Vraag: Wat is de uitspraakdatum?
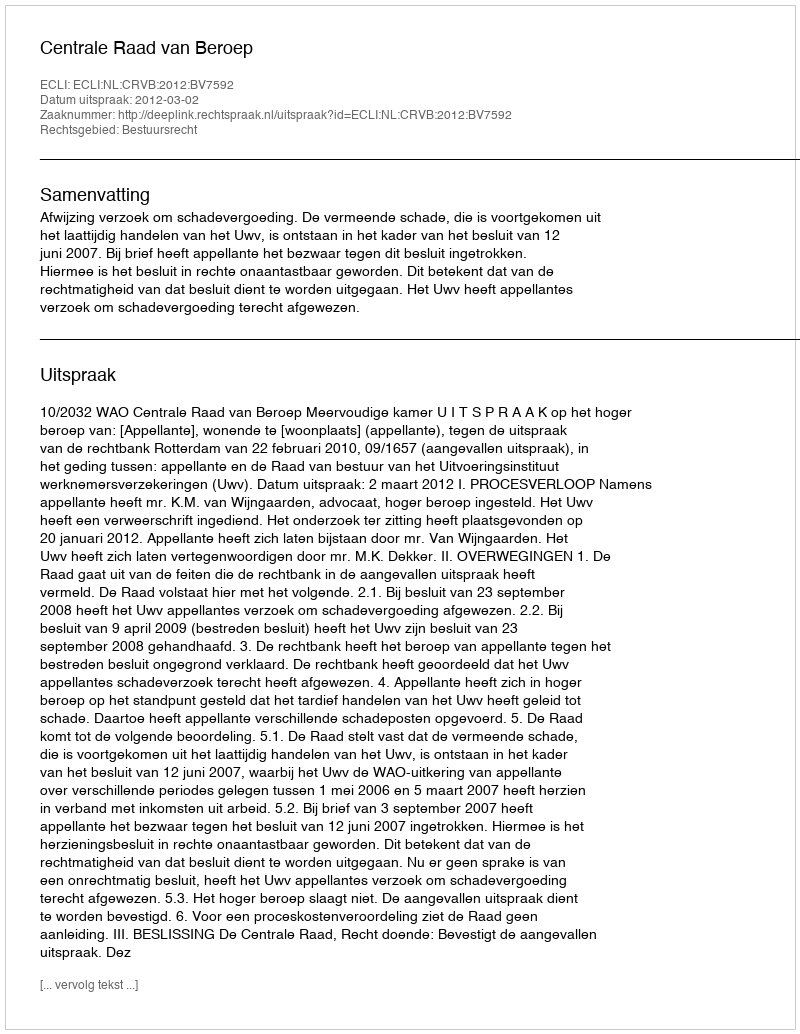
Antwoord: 2012-03-02